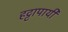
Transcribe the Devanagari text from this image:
हट्टापायी